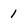
Character: 1